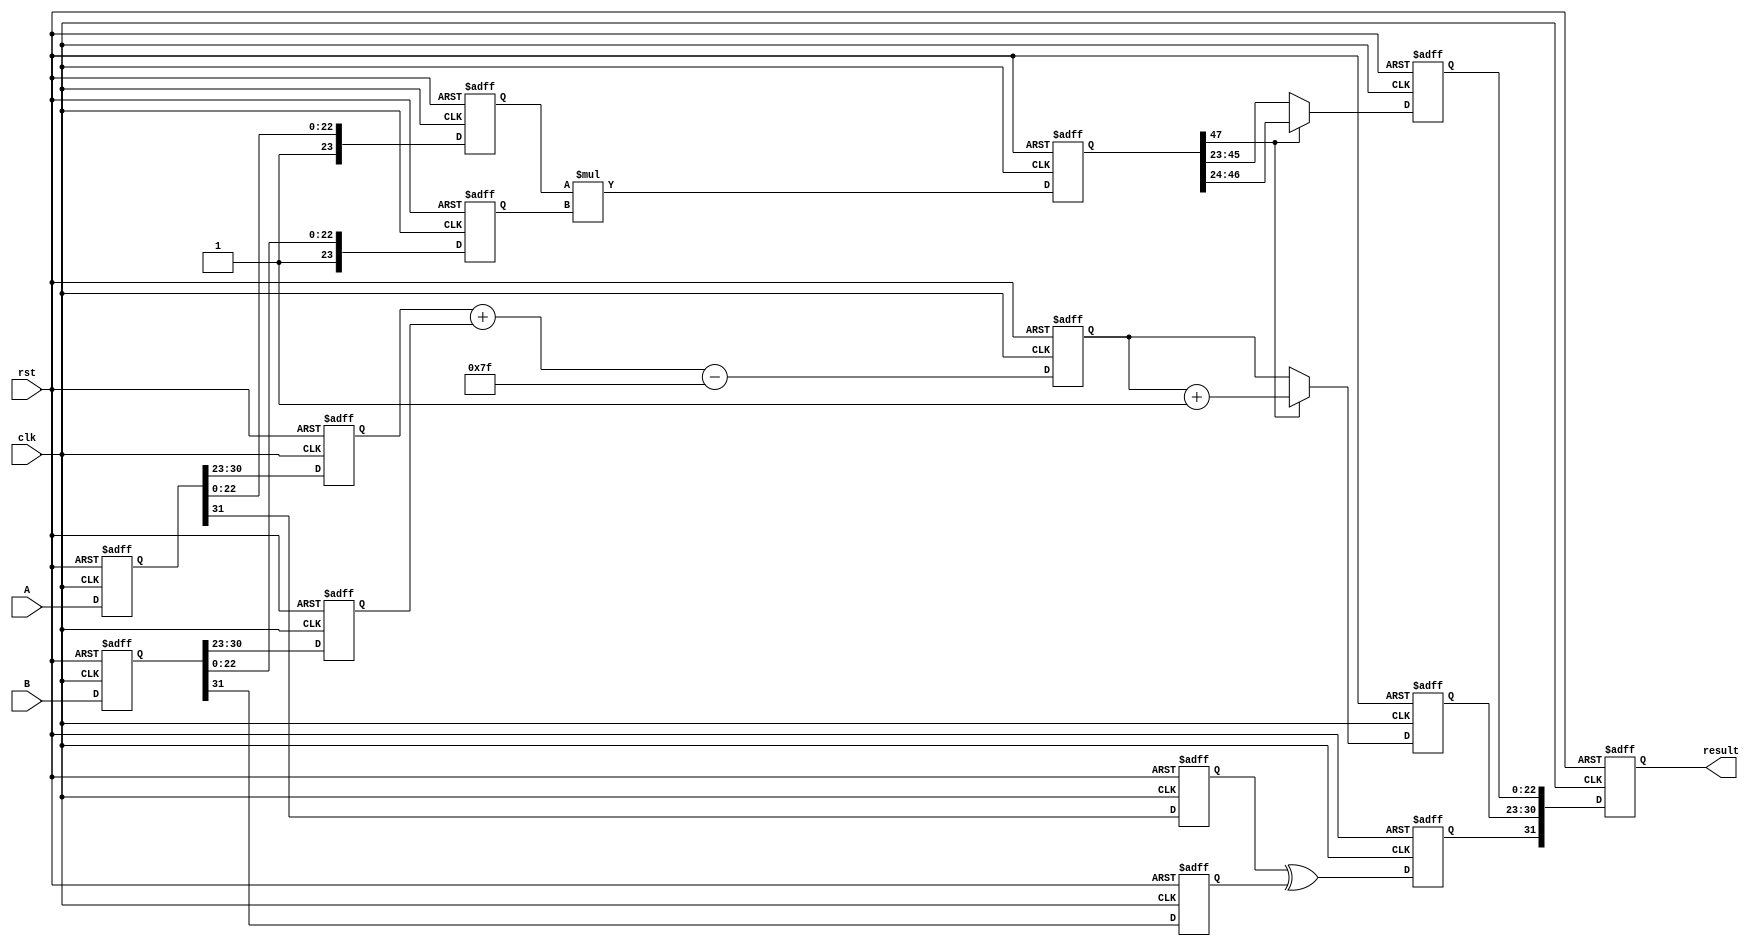
module pipelined_fp_multiplier (
    input clk,
    input rst,
    input [31:0] A,  // Input floating-point number A
    input [31:0] B,  // Input floating-point number B
    output reg [31:0] result // Output floating-point result
);

// Pipeline registers
reg [31:0] stage1_A, stage1_B;
reg [7:0] stage2_exponent_A, stage2_exponent_B;
reg [23:0] stage2_mantissa_A, stage2_mantissa_B;
reg stage2_sign_A, stage2_sign_B, stage2_sign_result;
reg [47:0] stage3_mantissa_product; // 24 * 24 = 48 bits for mantissa product
reg [8:0] stage4_exponent_result; // 8 bits + 8 bits for exponent addition
reg [23:0] stage5_mantissa_result; // Final mantissa after normalization
reg [7:0] stage5_exponent_result; // Final exponent after normalization

// Constants
localparam BIAS = 127;

// Stage 1: Input Register
always @(posedge clk or posedge rst) begin
    if (rst) begin
        stage1_A <= 32'b0;
        stage1_B <= 32'b0;
    end else begin
        stage1_A <= A;
        stage1_B <= B;
    end
end

// Stage 2: Decomposition
always @(posedge clk or posedge rst) begin
    if (rst) begin
        stage2_exponent_A <= 8'b0;
        stage2_exponent_B <= 8'b0;
        stage2_mantissa_A <= 24'b0;
        stage2_mantissa_B <= 24'b0;
        stage2_sign_A <= 1'b0;
        stage2_sign_B <= 1'b0;
        stage2_sign_result <= 1'b0;
    end else begin
        stage2_exponent_A <= stage1_A[30:23];
        stage2_exponent_B <= stage1_B[30:23];
        stage2_mantissa_A <= {1'b1, stage1_A[22:0]}; // Add implicit leading 1
        stage2_mantissa_B <= {1'b1, stage1_B[22:0]}; // Add implicit leading 1
        stage2_sign_A <= stage1_A[31];
        stage2_sign_B <= stage1_B[31];
        stage2_sign_result <= stage2_sign_A ^ stage2_sign_B; // XOR for sign
    end
end

// Stage 3: Mantissa Multiplication
always @(posedge clk or posedge rst) begin
    if (rst) begin
        stage3_mantissa_product <= 48'b0;
    end else begin
        stage3_mantissa_product <= stage2_mantissa_A * stage2_mantissa_B; // Mantissa multiplication
    end
end

// Stage 4: Exponent Calculation
always @(posedge clk or posedge rst) begin
    if (rst) begin
        stage4_exponent_result <= 9'b0;
    end else begin
        stage4_exponent_result <= stage2_exponent_A + stage2_exponent_B - BIAS; // Exponent addition
    end
end

// Stage 5: Normalization
always @(posedge clk or posedge rst) begin
    if (rst) begin
        stage5_mantissa_result <= 24'b0;
        stage5_exponent_result <= 8'b0;
    end else begin
        if (stage3_mantissa_product[47]) begin
            // Normal case: shift right
            stage5_mantissa_result <= stage3_mantissa_product[46:24];
            stage5_exponent_result <= stage4_exponent_result + 1; // Adjust exponent
        end else begin
            // Denormalized or already normalized
            stage5_mantissa_result <= stage3_mantissa_product[45:23]; // Shift right if needed
            stage5_exponent_result <= stage4_exponent_result;
        end
    end
end

// Stage 6: Output Register
always @(posedge clk or posedge rst) begin
    if (rst) begin
        result <= 32'b0;
    end else begin
        result <= {stage2_sign_result, stage5_exponent_result[7:0], stage5_mantissa_result[22:0]};
    end
end

endmodule